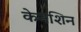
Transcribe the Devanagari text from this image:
केनशिन